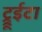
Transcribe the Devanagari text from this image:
ट्रूईटा